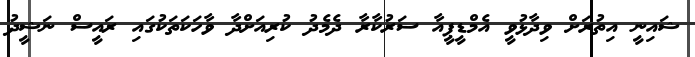
ޝައިނީ އިތުރަށް ވިދާޅުވީ އެމްޑީޕީއާ ސަރުކާރާ ދެމެދު ކުރިއަށްދާ ވާހަކަތަކުގައި ރައީސް ނަޝީދު